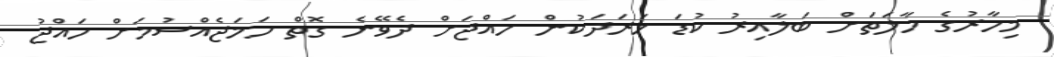
މިހާރުގެ ހާލަތަށް ބަލާއިރު ކުޑަ ޚަރަދަކުން ހައްޖަށް ދެވޭނެ ގޮތް ހަމަޖެއްސުމަށް ހައްޖު